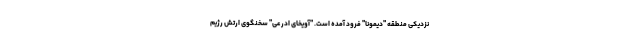
نزدیکی منطقه "دیمونا" فرود آمده است. "آویخای ادرعی" سخنگوی ارتش رژیم